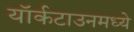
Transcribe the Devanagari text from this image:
यॉर्कटाउनमध्ये